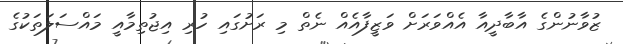
ޒުވާނުންގެ އާބާދީއާ އެއްވަރަށް ވަޒީފާއެއް ނެތް މި ރަށުގައި ހުރި އިޖުތިމާއީ މައްސަލަތަކުގެ